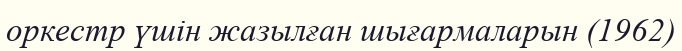
оркестр үшін жазылған шығармаларын (1962)